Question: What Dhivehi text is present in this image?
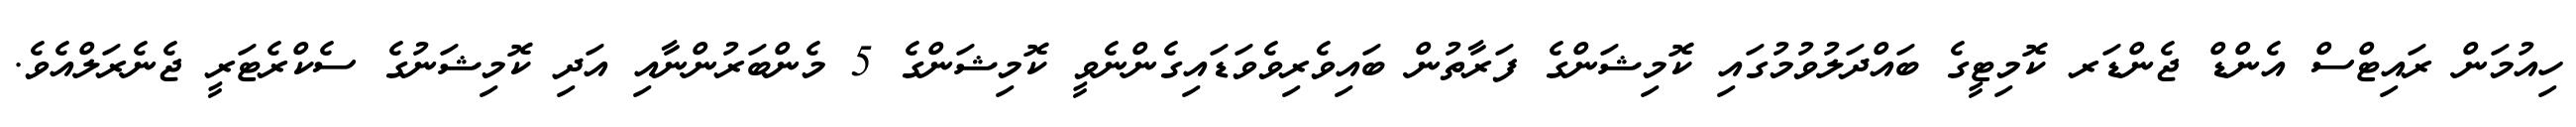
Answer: ހިއުމަން ރައިޓްސް އެންޑް ޖެންޑަރ ކޮމިޓީގެ ބައްދަލުވުމުގައި ކޮމިޝަންގެ ފަރާތުން ބައިވެރިވެވަޑައިގެންނެވީ ކޮމިޝަންގެ 5 މެންބަރުންނާއި އަދި ކޮމިޝަނުގެ ސެކްރެޓަރީ ޖެނެރަލްއެވެ.